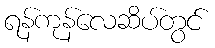
ရန်ကုန်လေဆိပ်တွင်